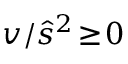
v / \hat { s } ^ { 2 } \! \ge \! 0